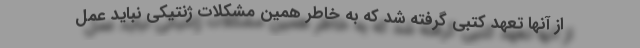
از آنها تعهد کتبی گرفته شد که به خاطر همین مشکلات ژنتیکی نباید عمل